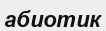
абиотик